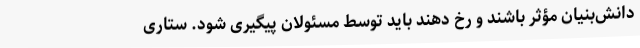
دانش‌بنیان مؤثر باشند و رخ دهند باید توسط مسئولان پیگیری شود. ستاری